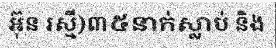
អ៊ុន រស្មី)៣៥នាក់ស្លាប់ និង